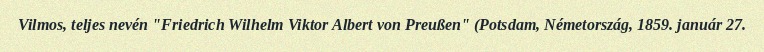
Vilmos, teljes nevén "Friedrich Wilhelm Viktor Albert von Preußen" (Potsdam, Németország, 1859. január 27.